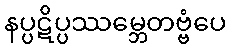
နပ္ပဋိပ္ပဿမ္ဘေတဗ္ဗံပေ